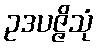
ဥဒပဇ္ဇိသုံ